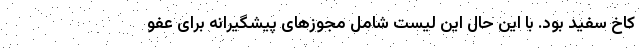
کاخ سفید بود. با این حال این لیست شامل مجوزهای پیشگیرانه برای عفو